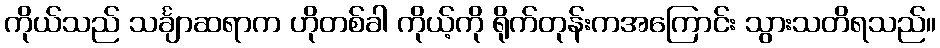
ကိုယ်သည် သင်္ချာဆရာက ဟိုတစ်ခါ ကိုယ့်ကို ရိုက်တုန်းကအကြောင်း သွားသတိရသည်။